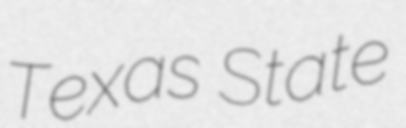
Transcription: Texas State